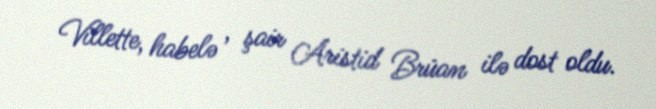
Villette, habelə , şair Aristid Brüan ilə dost oldu.